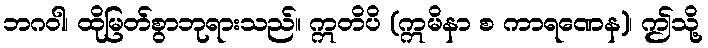
ဘဂဝါ၊ ထိုမြတ်စွာဘုရားသည်။ ဣတိပိ (ဣမိနာ စ ကာရဏေန)၊ ဤသို့